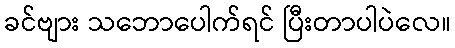
ခင်ဗျား သဘောပေါက်ရင် ပြီးတာပါပဲလေ။